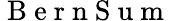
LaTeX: \mathrm{~B~e~r~n~S~u~m~}